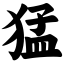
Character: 猛